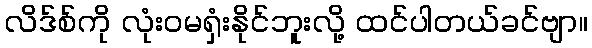
လိဒ်စ်ကို လုံးဝမရှံးနိုင်ဘူးလို့ ထင်ပါတယ်ခင်ဗျာ။